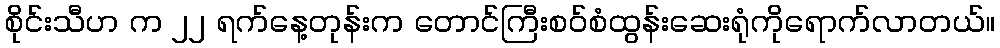
စိုင်းသီဟ က ၂၂ ရက်နေ့တုန်းက တောင်ကြီးစဝ်စံထွန်းဆေးရုံကိုရောက်လာတယ်။